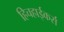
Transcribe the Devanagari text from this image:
हिचहाईकर्स